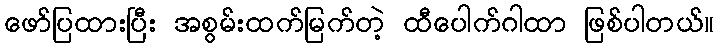
ဖော်ပြထားပြီး အစွမ်းထက်မြက်တဲ့ ထီပေါက်ဂါထာ ဖြစ်ပါတယ်။